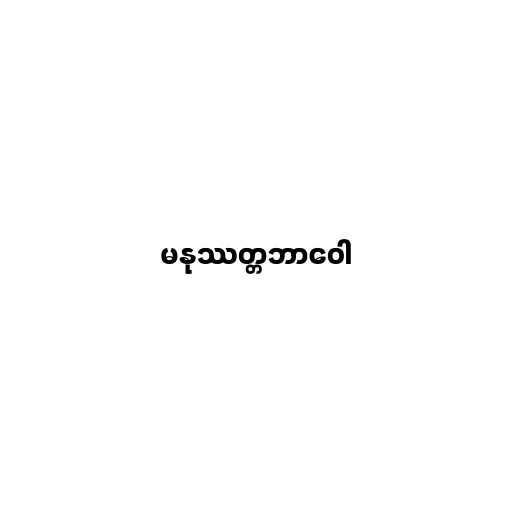
မနုဿတ္တဘာဝေါ